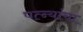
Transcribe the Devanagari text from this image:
पत्‍न्यांचा